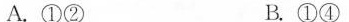
A.①② B.①④